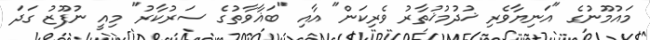
މައުމޫނުގެ "އަނިޔާވެރި ޚުދުމުޚުތާރު ވެރިކަން" އާއި "ބަޣާވާތުގެ ސަރުކާރު" މިއީ ނުފޫޒު ގަދަ